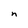
Character: n